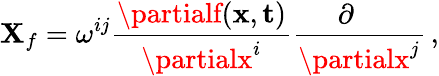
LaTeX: \mathbf{X}_{f}=\omega^{ij}{\frac{{\partialf({\mathbf{x}},{\mathbf{t}})}}{{\partialx^{i}}}}{\frac{{\partial\phantom{x^{j}}}}{{\partialx^{j}}}}\, ,